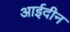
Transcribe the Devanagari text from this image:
आईदीन